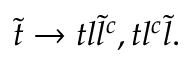
{ \tilde { t } } \rightarrow t l { \tilde { l } } ^ { c } , t l ^ { c } { \tilde { l } } .